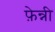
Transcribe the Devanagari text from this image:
फ़ेन्नी